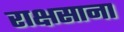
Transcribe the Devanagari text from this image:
राक्षसाना